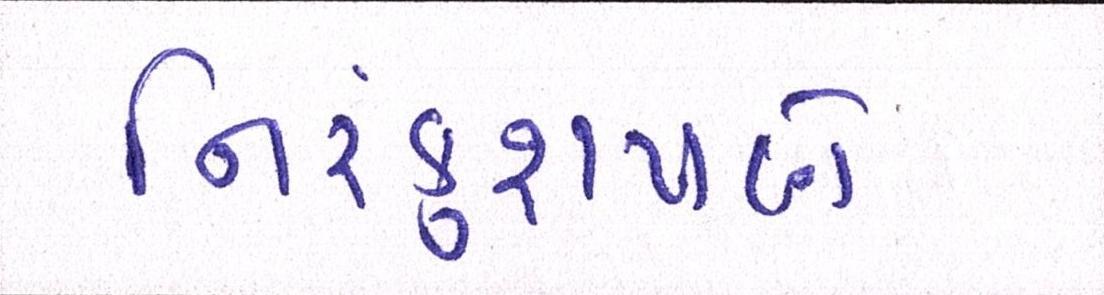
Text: નિરંકુશપણે